Indian journal of veterinary science and animal husbandry - Volume 2,
Year: 1932
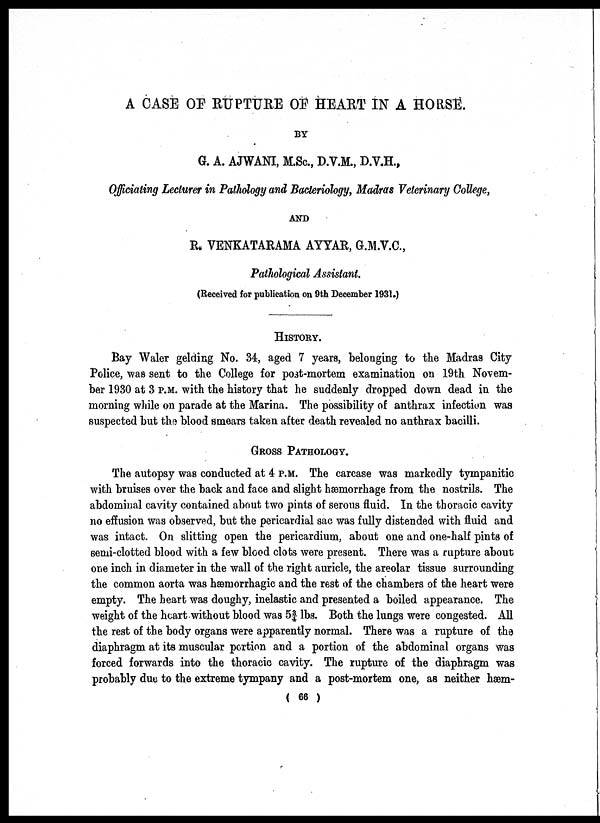
A CASE OF RUPTURE OF HEART IN A HORSE.
BY
G. A. AJWANI, M.Sc., D.V.M., D.V.H.,
Officiating Lecturer in Pathology and Bacteriology, Madras Veterinary College,
AND
R. VENKATARAMA AYYAR, G.M.V.C.,
Pathological Assistant.
(Received for publication on 9th December 1931.)
HISTORY.
Bay Waler gelding No. 34, aged 7 years, belonging to the Madras City
Police, was sent to the College for post-mortem examination on 19th Novem-
ber 1930 at 3 P.M. with the history that he suddenly dropped down dead in the
morning while on parade at the Marina. The possibility of anthrax infection was
suspected but the blood smears taken after death revealed no anthrax bacilli.
GROSS PATHOLOGY.
The autopsy was conducted at 4 P.M. The carcase was markedly tympanitic
with bruises over the back and face and slight hæmorrhage from the nostrils. The
abdominal cavity contained about two pints of serous fluid. In the thoracic cavity
no effusion was observed, but the pericardial sac was fully distended with fluid and
was intact. On slitting open the pericardium, about one and one-half pints of
semi-clotted blood with a few blood clots were present. There was a rupture about
one inch in diameter in the wall of the right auricle, the areolar tissue surrounding
the common aorta was hæmorrhagic and the rest of the chambers of the heart were
empty. The heart was doughy, inelastic and presented a boiled appearance. The
weight of the heart-without blood was 5¾ lbs. Both the lungs were congested. All
the rest of the body organs were apparently normal. There was a rupture of the
diaphragm at its muscular portion and a portion of the abdominal organs was
forced forwards into the thoracic cavity. The rupture of the diaphragm was
probably due to the extreme tympany and a post-mortem one, as neither hæm-
( 66 )